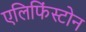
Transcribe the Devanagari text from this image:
एलिफिंस्टोन